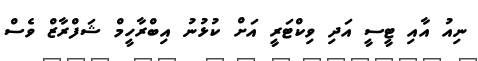
ނިއު އާއި ޓީސީ އަދި ވިކްޓަރީ އަށް ކުޅުނު އިބްރާހީމް ޝަފްރާޒް ވެސް